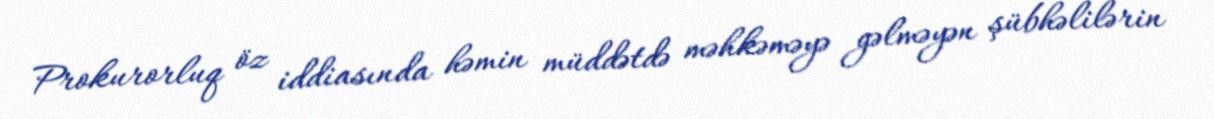
Prokurorluq öz iddiasında həmin müddətdə məhkəməyə gəlməyən şübhəlilərin